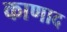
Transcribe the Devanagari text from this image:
काणाद